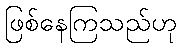
ဖြစ်နေကြသည်ဟု